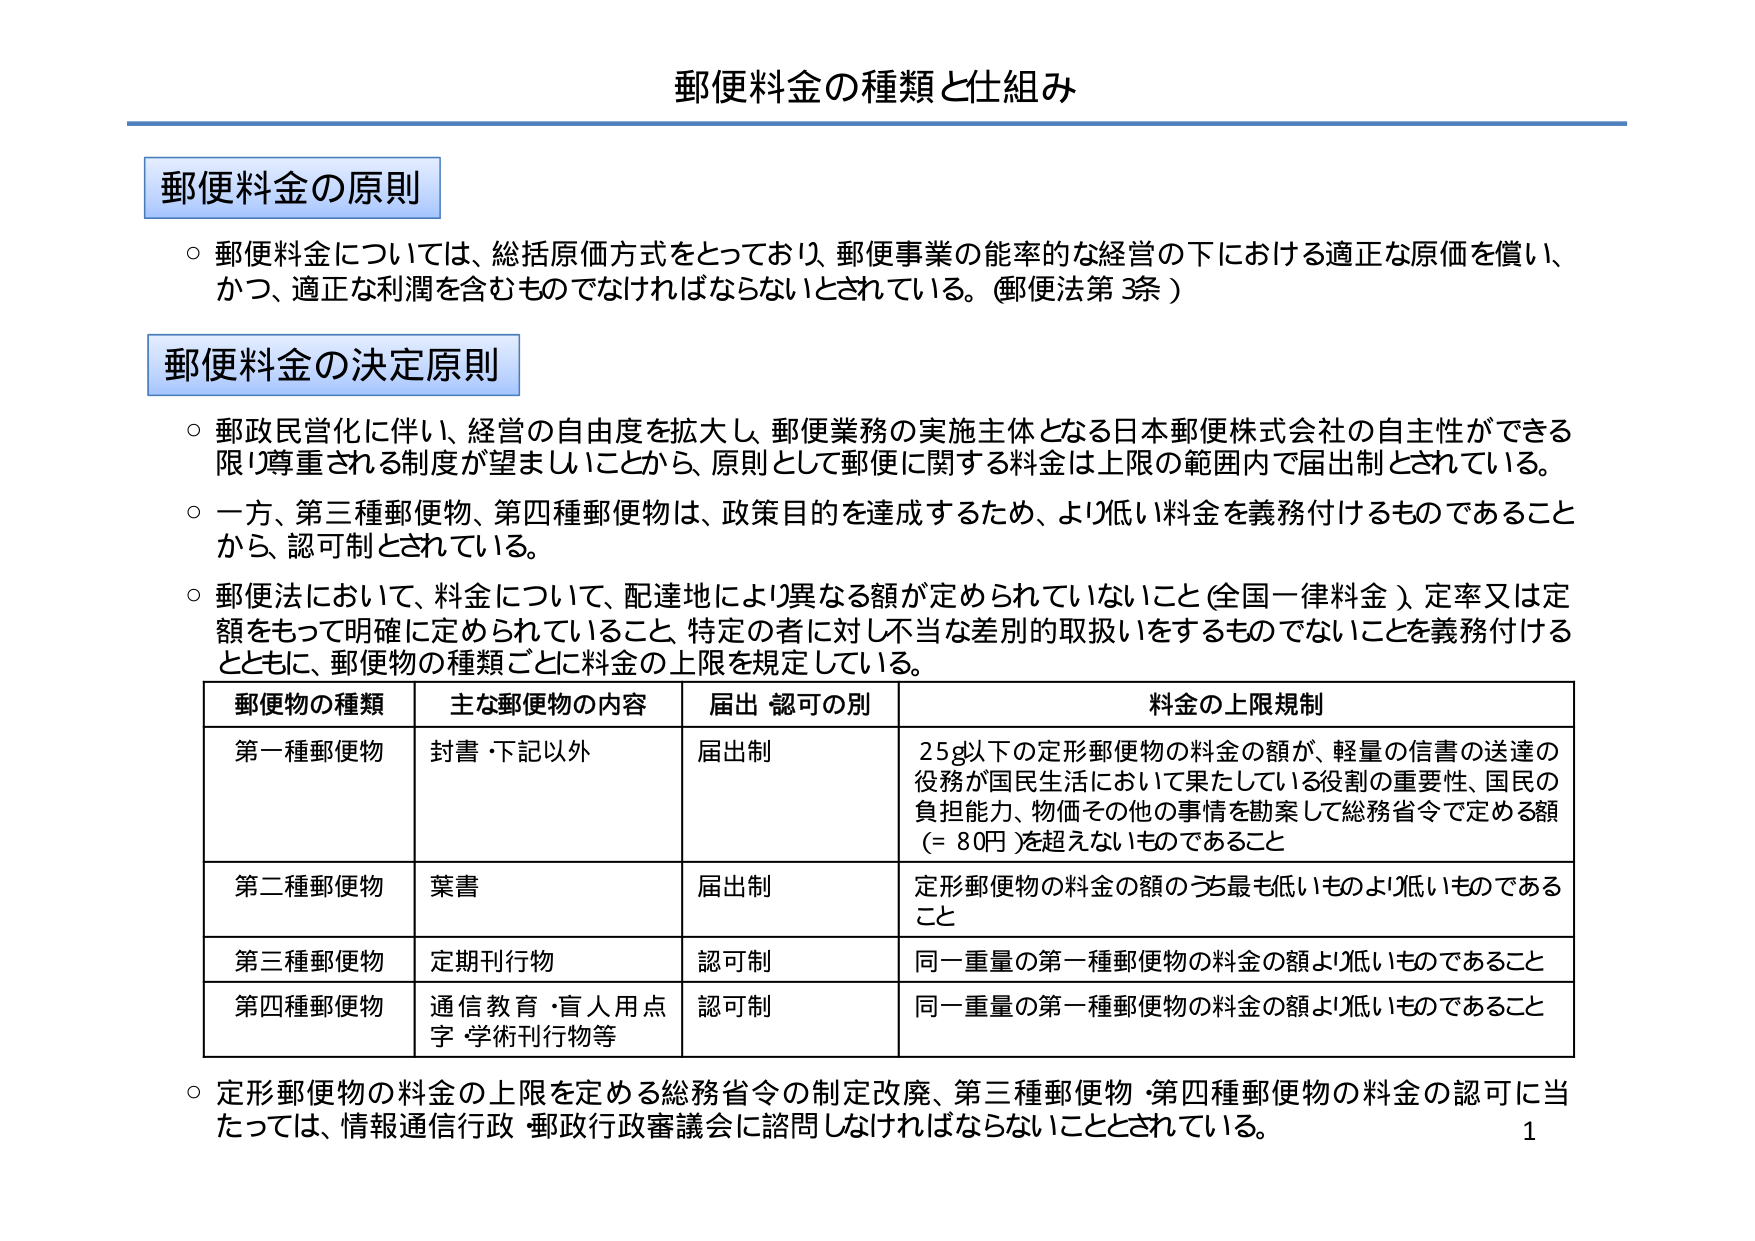
郵便料金の種類と仕組み

郵便料金の原則
○ 郵便料金については、総括原価方式をとっており、郵便事業の能率的な経営の下における適正な原価を償い、かつ、適正な利潤を含むものでなければならないとされている。（郵便法第3条）

郵便料金の決定原則
○ 郵政民営化に伴い、経営の自由度を拡大し、郵便業務の実施主体となる日本郵便株式会社の自主性ができる限り尊重される制度が望ましいことから、原則として郵便に関する料金は上限の範囲内で届出制とされている。
○ 一方、第三種郵便物、第四種郵便物は、政策目的を達成するため、より低い料金を義務付けるものであることから、認可制とされている。
○ 郵便法において、料金について、配達地により異なる額が定められていないこと（全国一律料金）、定率又は定額をもって明確に定められていること、特定の者に対し不当な差別的取扱いをするものでないことを義務付けるとともに、郵便物の種類ごとに料金の上限を規定している。

郵便物の種類　主な郵便物の内容　届出・認可の別　料金の上限規制
第一種郵便物　封書・下記以外　届出制　25g以下の定形郵便物の料金の額が、軽量の信書の送達の役務が国民生活において果たしている役割の重要性、国民の負担能力、物価その他の事情を勘案して総務省令で定める額（＝80円）を超えないものであること
第二種郵便物　葉書　届出制　定形郵便物の料金の額のうち最も低いものより低いものであること
第三種郵便物　定期刊行物　認可制　同一重量の第一種郵便物の料金の額より低いものであること
第四種郵便物　通信教育・盲人用点字・学術刊行物等　認可制　同一重量の第一種郵便物の料金の額より低いものであること

○ 定形郵便物の料金の上限を定める総務省令の制定改廃、第三種郵便物・第四種郵便物の料金の認可に当たっては、情報通信行政・郵政行政審議会に諮問しなければならないこととされている。

1